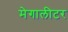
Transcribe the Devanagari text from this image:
मेगालीटर